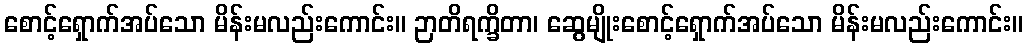
စောင့်ရှောက်အပ်သော မိန်းမလည်းကောင်း။ ဉာတိရက္ခိတာ၊ ဆွေမျိုးစောင့်ရှောက်အပ်သော မိန်းမလည်းကောင်း။